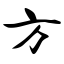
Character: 方